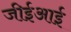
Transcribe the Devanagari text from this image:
जीईआई